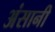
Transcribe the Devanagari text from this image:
अंसानी